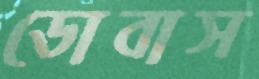
ডোবাস